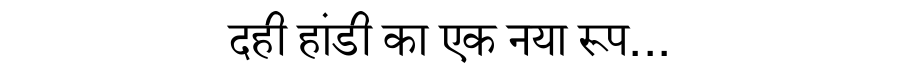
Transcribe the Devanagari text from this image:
दही हांडी का एक नया रूप...